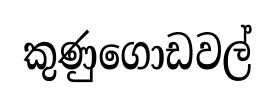
කුණුගොඩවල්